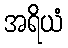
အရိယံ